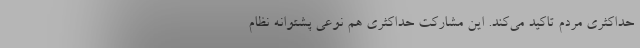
حداکثری مردم تاکید می‌کند. این مشارکت حداکثری هم نوعی پشتوانه نظام